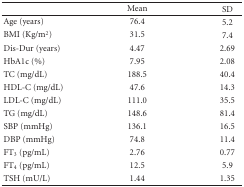
<table><thead><tr><td>[EMPTY_CELL]</td><td><b>Mean</b></td><td><b>SD</b></td></tr></thead><tbody><tr><td>Age (years)</td><td>76.4</td><td>5.2</td></tr><tr><td>BMI (Kg/m<sup>2</sup>)</td><td>31.5</td><td>7.4</td></tr><tr><td>Dis-Dur (years)</td><td>4.47</td><td>2.69</td></tr><tr><td>HbA1c (%)</td><td>7.95</td><td>2.08</td></tr><tr><td>TC (mg/dL)</td><td>188.5</td><td>40.4</td></tr><tr><td>HDL-C (mg/dL)</td><td>47.6</td><td>14.3</td></tr><tr><td>LDL-C (mg/dL)</td><td>111.0</td><td>35.5</td></tr><tr><td>TG (mg/dL)</td><td>148.6</td><td>81.4</td></tr><tr><td>SBP (mmHg)</td><td>136.1</td><td>16.5</td></tr><tr><td>DBP (mmHg)</td><td>74.8</td><td>11.4</td></tr><tr><td>FT<sub>3</sub> (pg/mL)</td><td>2.76</td><td>0.77</td></tr><tr><td>FT<sub>4</sub> (pg/mL)</td><td>12.5</td><td>5.9</td></tr><tr><td>TSH (mU/L)</td><td>1.44</td><td>1.35</td></tr></tbody></table>